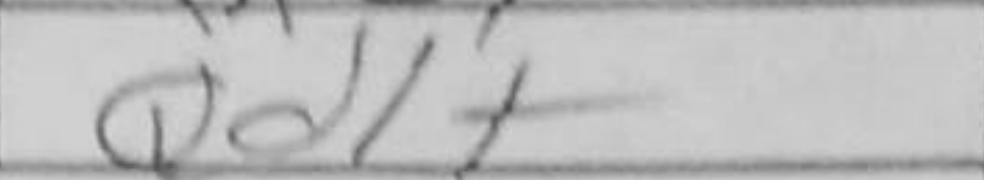
Transcription: Qd1+